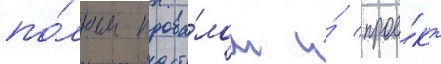
по́лным прова́лом и́ прое́кт